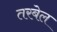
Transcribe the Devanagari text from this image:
तरबेल